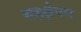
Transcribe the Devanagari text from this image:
सहक्षेपण